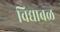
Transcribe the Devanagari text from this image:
विद्याबळ